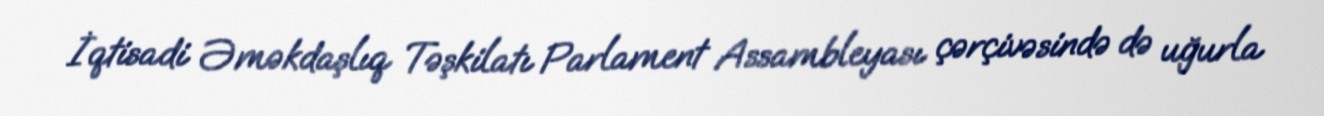
İqtisadi Əməkdaşlıq Təşkilatı Parlament Assambleyası çərçivəsində də uğurla